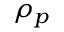
\rho _ { p }